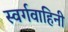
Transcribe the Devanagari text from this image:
स्वर्गवाहिनी